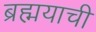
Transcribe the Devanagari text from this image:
ब्रह्मयाची